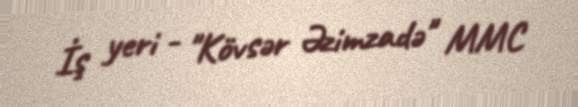
İş yeri - "Kövsər Əzimzadə" MMC